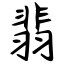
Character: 翡